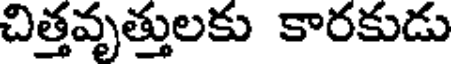
చిత్తవృత్తులకు కారకుడు